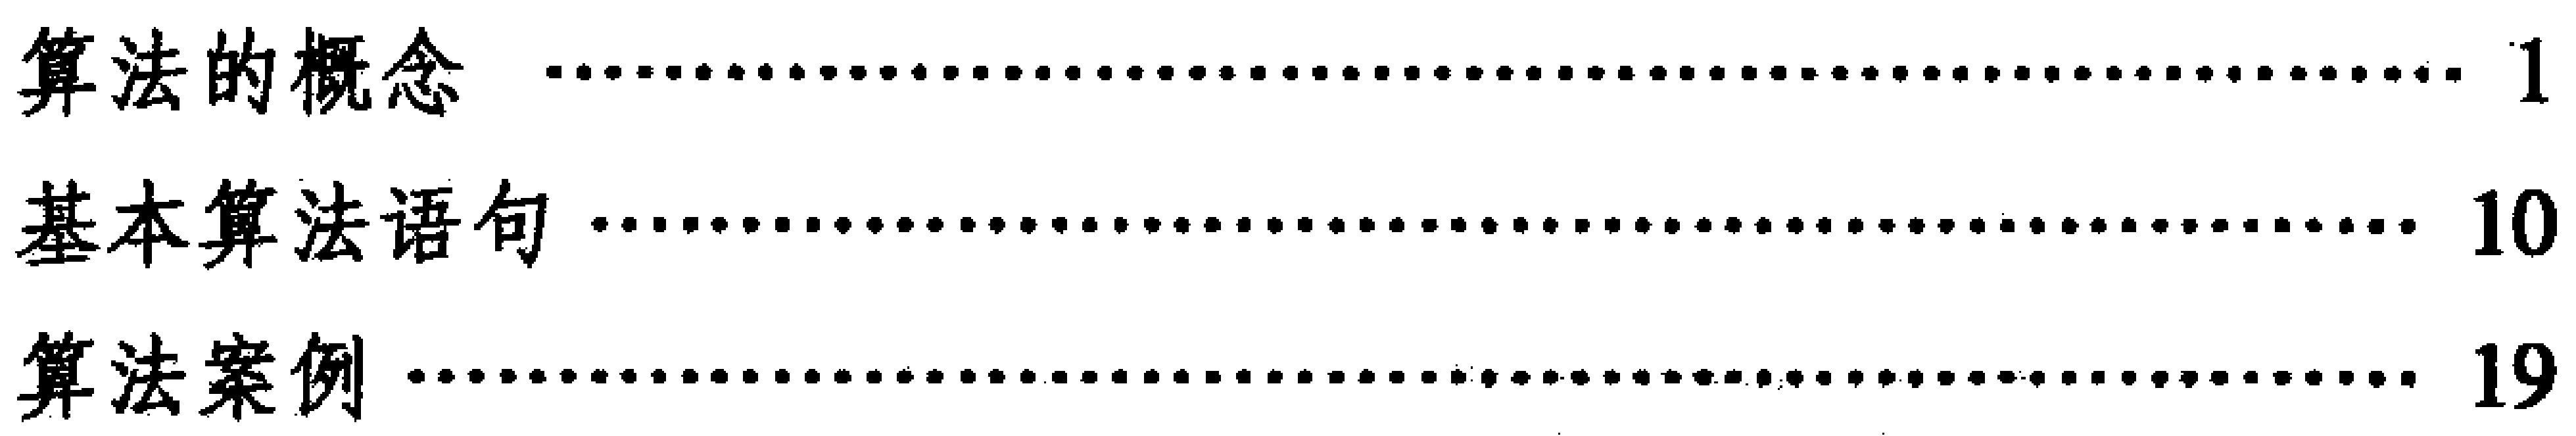
\begin{enumerate}

\item 算法的概念\hfill 1

\item 基本算法语句\hfill 10

\item 算法案例\hfill 19

\end{enumerate}